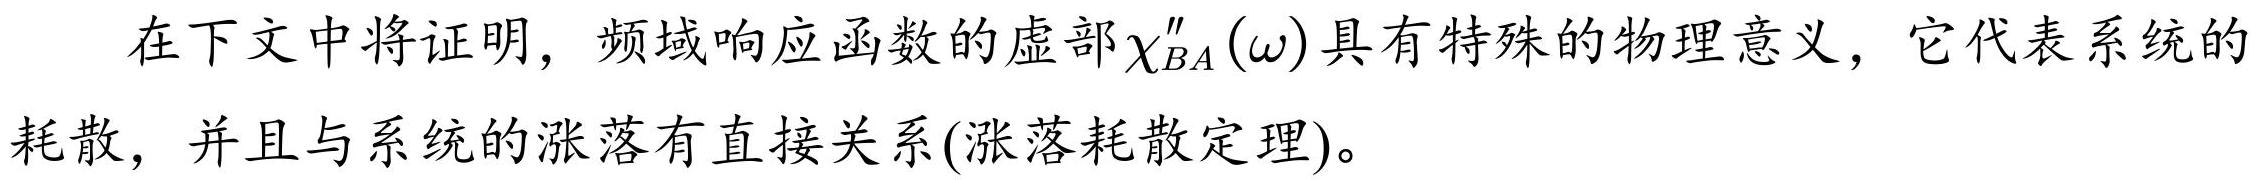
在下文中将证明，频域响应函数的虚部$\chi_{BA}''(\omega)$具有特殊的物理意义，它代表系统的耗散，并且与系统的涨落有直接关系(涨落耗散定理)。